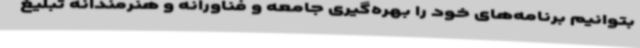
بتوانیم برنامه‌های خود را بهره‌گیری جامعه و فناورانه و هنرمندانه تبلیغ